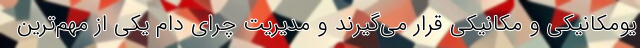
یومکانیکی و مکانیکی قرار می‌گیرند و مدیریت چرای دام یکی از مهم‌ترین